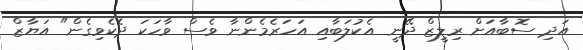
އަދި ސޮބާއަށް ރިލީޒް ދޭނީ އެކުލަބާއި އަހަރެމެންނާ ވެސް ވާހަކަ ދެކެވިގެން" އަޔާޒް